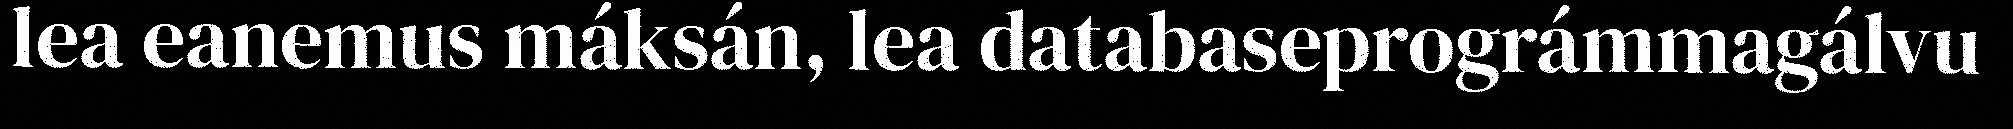
lea eanemus máksán, lea databaseprográmmagálvu